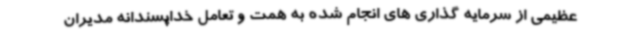
عظیمی از سرمایه گذاری های انجام شده به همت و تعامل خداپسندانه مدیران